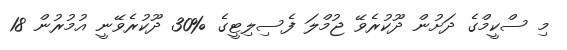
މި ސްކީމްގެ ދަށުން ދޫކުރެވޭ ޖުމްލަ ފެސިލިޓީގެ %30 ދޫކުރެވޭނީ އުމުރުން 18